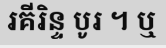
រគីរិន្ទ បូរ ។ ឬ